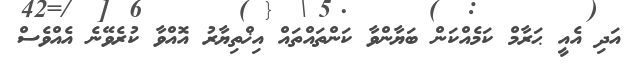
އަދި އެއީ ޙަރާމް ކަމެއްކަން ބަޔާންވާ ކަންތައްތައް އިޚްތިޔާރު އޮއްވާ ކުރެވޭނެ އެއްވެސް